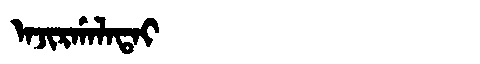
Manchu: ᠠᠵᡳᡵᡤᠠᠯᠠᡨᠠᡳ
Romanization: AJIRGALATAI